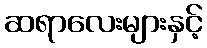
ဆရာလေးများနှင့်